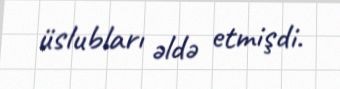
üslubları əldə etmişdi.